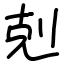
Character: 剋